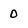
Character: 0